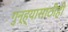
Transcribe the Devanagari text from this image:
गुन्ह्यासाठीही